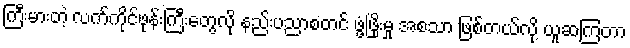
ကြီးမားတဲ့ လက်ကိုင်ဖုန်းကြီးတွေလို နည်းပညာစတင် ဖွံ့ဖြိုးမှု အစသာ ဖြစ်တယ်လို့ ယူဆကြတာ